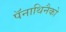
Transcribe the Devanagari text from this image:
पॅनाथिनैको